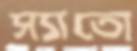
স্যাতো